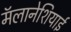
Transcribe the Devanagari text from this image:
मॅलानेशियाई